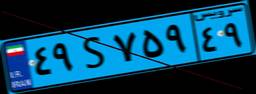
۷۸S۷۳۳۳۰